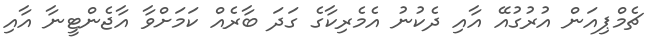
ޗެމްޕިއަން އުރުގުއޭ އާއި ދެކުނު އެމެރިކާގެ ގަދަ ބާރެއް ކަމަށްވާ އާޖެންޓީނާ އާއި